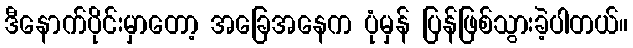
ဒီနောက်ပိုင်းမှာတော့ အခြေအနေက ပုံမှန် ပြန်ဖြစ်သွားခဲ့ပါတယ်။